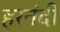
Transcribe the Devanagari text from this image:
हरनंदी